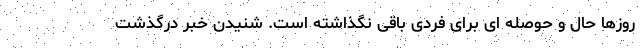
روزها حال و حوصله ای برای فردی باقی نگذاشته است. شنیدن خبر درگذشت